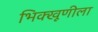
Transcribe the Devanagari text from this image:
भिक्खूणीला